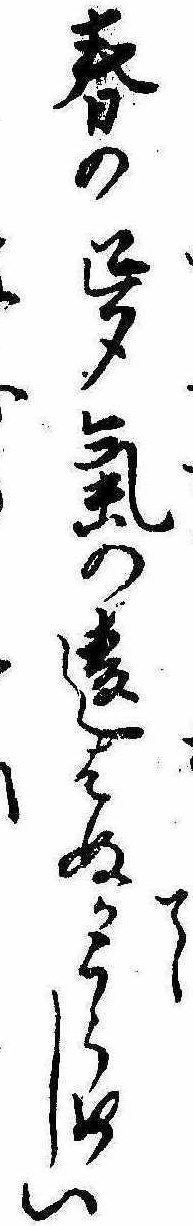
て春の夢気の違はぬかうらめしい